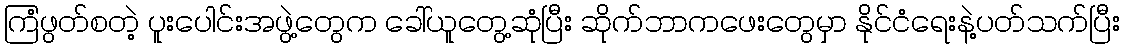
ကြံဖွတ်စတဲ့ ပူးပေါင်းအဖွဲ့တွေက ခေါ်ယူတွေ့ဆုံပြီး ဆိုက်ဘာကဖေးတွေမှာ နိုင်ငံရေးနဲ့ပတ်သက်ပြီး